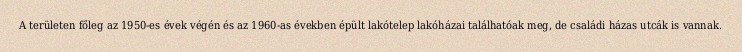
A területen főleg az 1950-es évek végén és az 1960-as években épült lakótelep lakóházai találhatóak meg, de családi házas utcák is vannak.